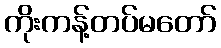
ကိုးကန့်တပ်မတော်